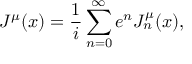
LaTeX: J ^ { \mu } ( x ) = \frac 1 i \sum _ { n = 0 } ^ { \infty } e ^ { n } J _ { n } ^ { \mu } ( x ) ,